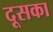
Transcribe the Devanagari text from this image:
दूसका